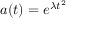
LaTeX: a ( t ) = e ^ { \lambda t ^ { 2 } }